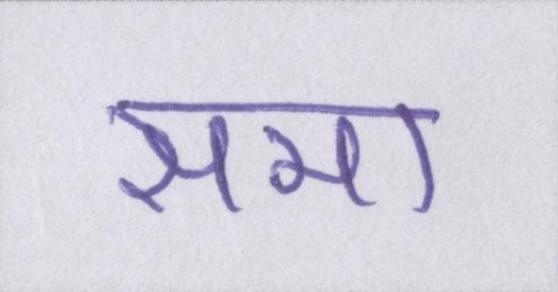
समा